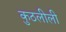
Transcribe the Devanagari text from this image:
कुठलीली